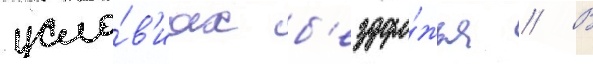
усло́в'иах б'ездоро́жья // В